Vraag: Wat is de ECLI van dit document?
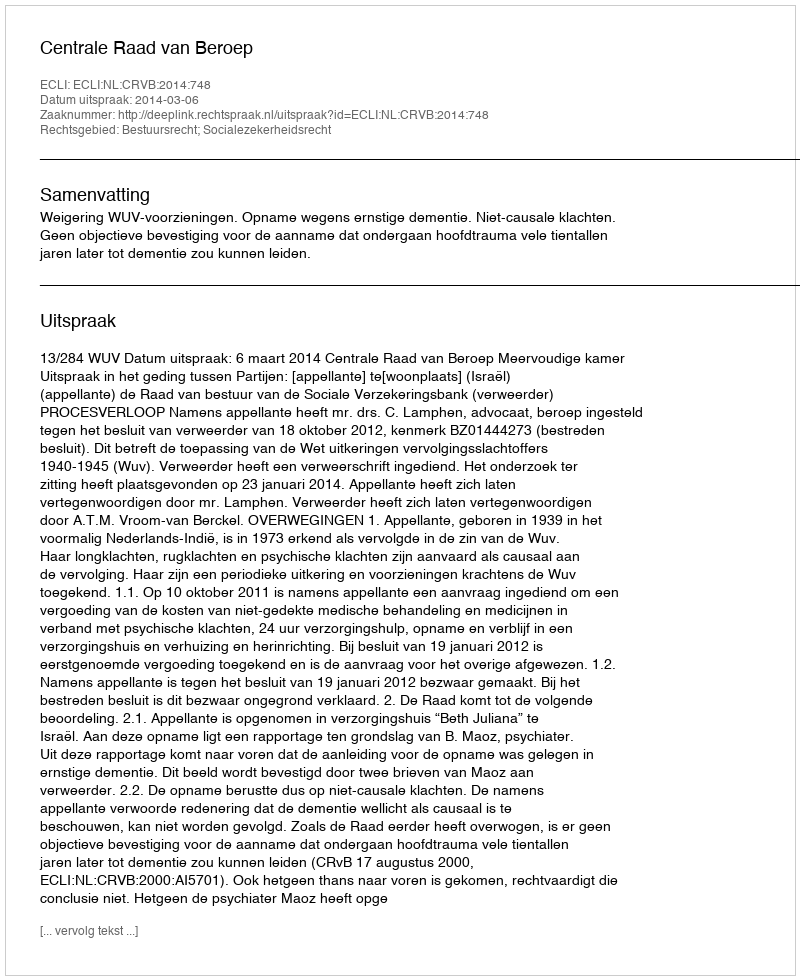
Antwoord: ECLI:NL:CRVB:2014:748